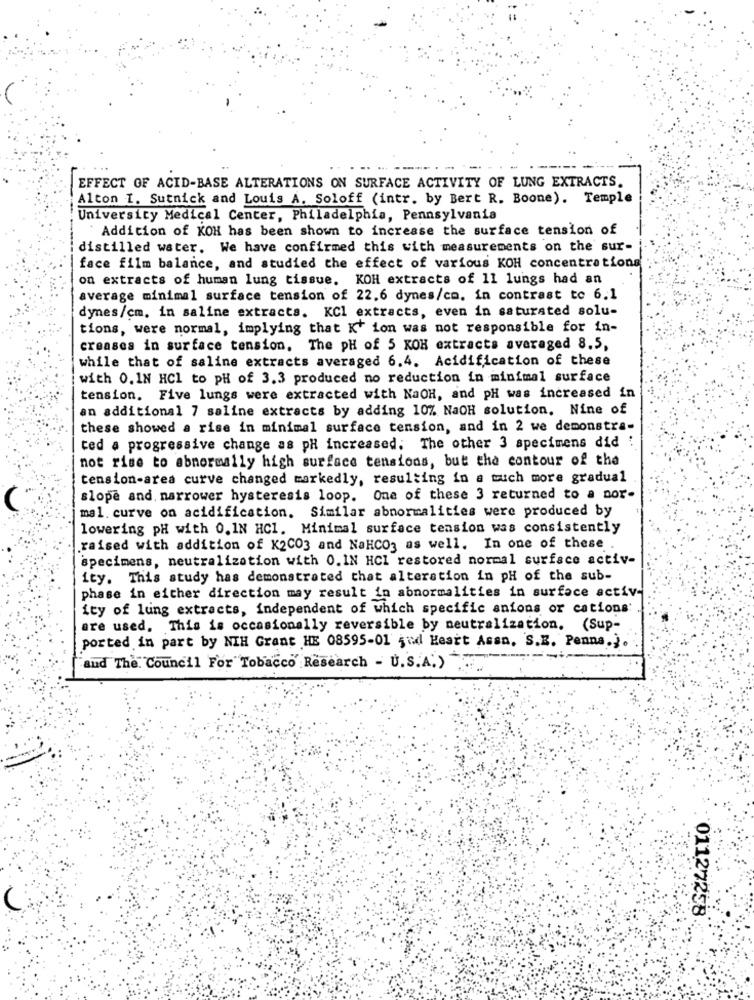
EFFECT OF ACID-BASE ALTERATIONS ON SURFACE ACTIVITY OF LUNG EXTRACTS.
Alton I. Sutnick and Louis A. Soloff (intr. by Bert R. Boone). Temple
University Medical Center, Philadelphia, Pennsylvania
Addition of KOH has been shown to increase the surface tension of
distilled water. We have confirmed this with measurements on the sur-
face film balance, and studied the effect of various KOH concentrations
on extracts of human lung tissue. KOH extracts of 11 lungs had an
average minimal surface tension of 22.6 dynes/cm. in contrast to 6.1
dynes/cm. in saline extracts. KCl extracts, even in saturated solu-
tions, were normal, implying that K' ion was not responsible for in-
creases in surface tension. The pH of 5 KOH extracts averaged 8.5,
while that of saline extracts averaged 6.4. Acidification of these
with 0.1N HCI to pH of 3.3 produced no reduction in minimal surface
tension. Five lungs were extracted with NaOH, and pH was increased in
an additional 7 saline extracts by adding 10% NaOH solution. Nine of
these showed a rise in minimal surface tension, and in 2 we demonstra-
ted a progressive change as pH increased. The other 3 specimens did :
not rise to abnormally high surface tensions, but the contour of the
tension-area curve changed markedly, resulting in a much more gradual
slope and narrower hysteresis loop. One of these 3 returned to a nor-
mal. curve on acidification. Similar abnormalities were produced by
lowering pH with 0. 1N HC1. Minimal surface tension was consistently
raised with addition of K2C03 and NaHCO3 as well. In one of these .
specimens, neutralization with 0. IN HCI restored normal surface activ-
ity. This study has demonstrated that alteration in pH of the sub-
phase in either direction may result in abnormalities in surface activ-
ity of lung extracts, independent of which specific anions or cations:
are used. This is occasionally reversible by neutralization. (Sup-
ported in part by NIH Grant HE 08595-01 5nd Heatt Assn. S.E. Penna.).
and The. Council For Tobacco Research - U.S.A.)
01127258